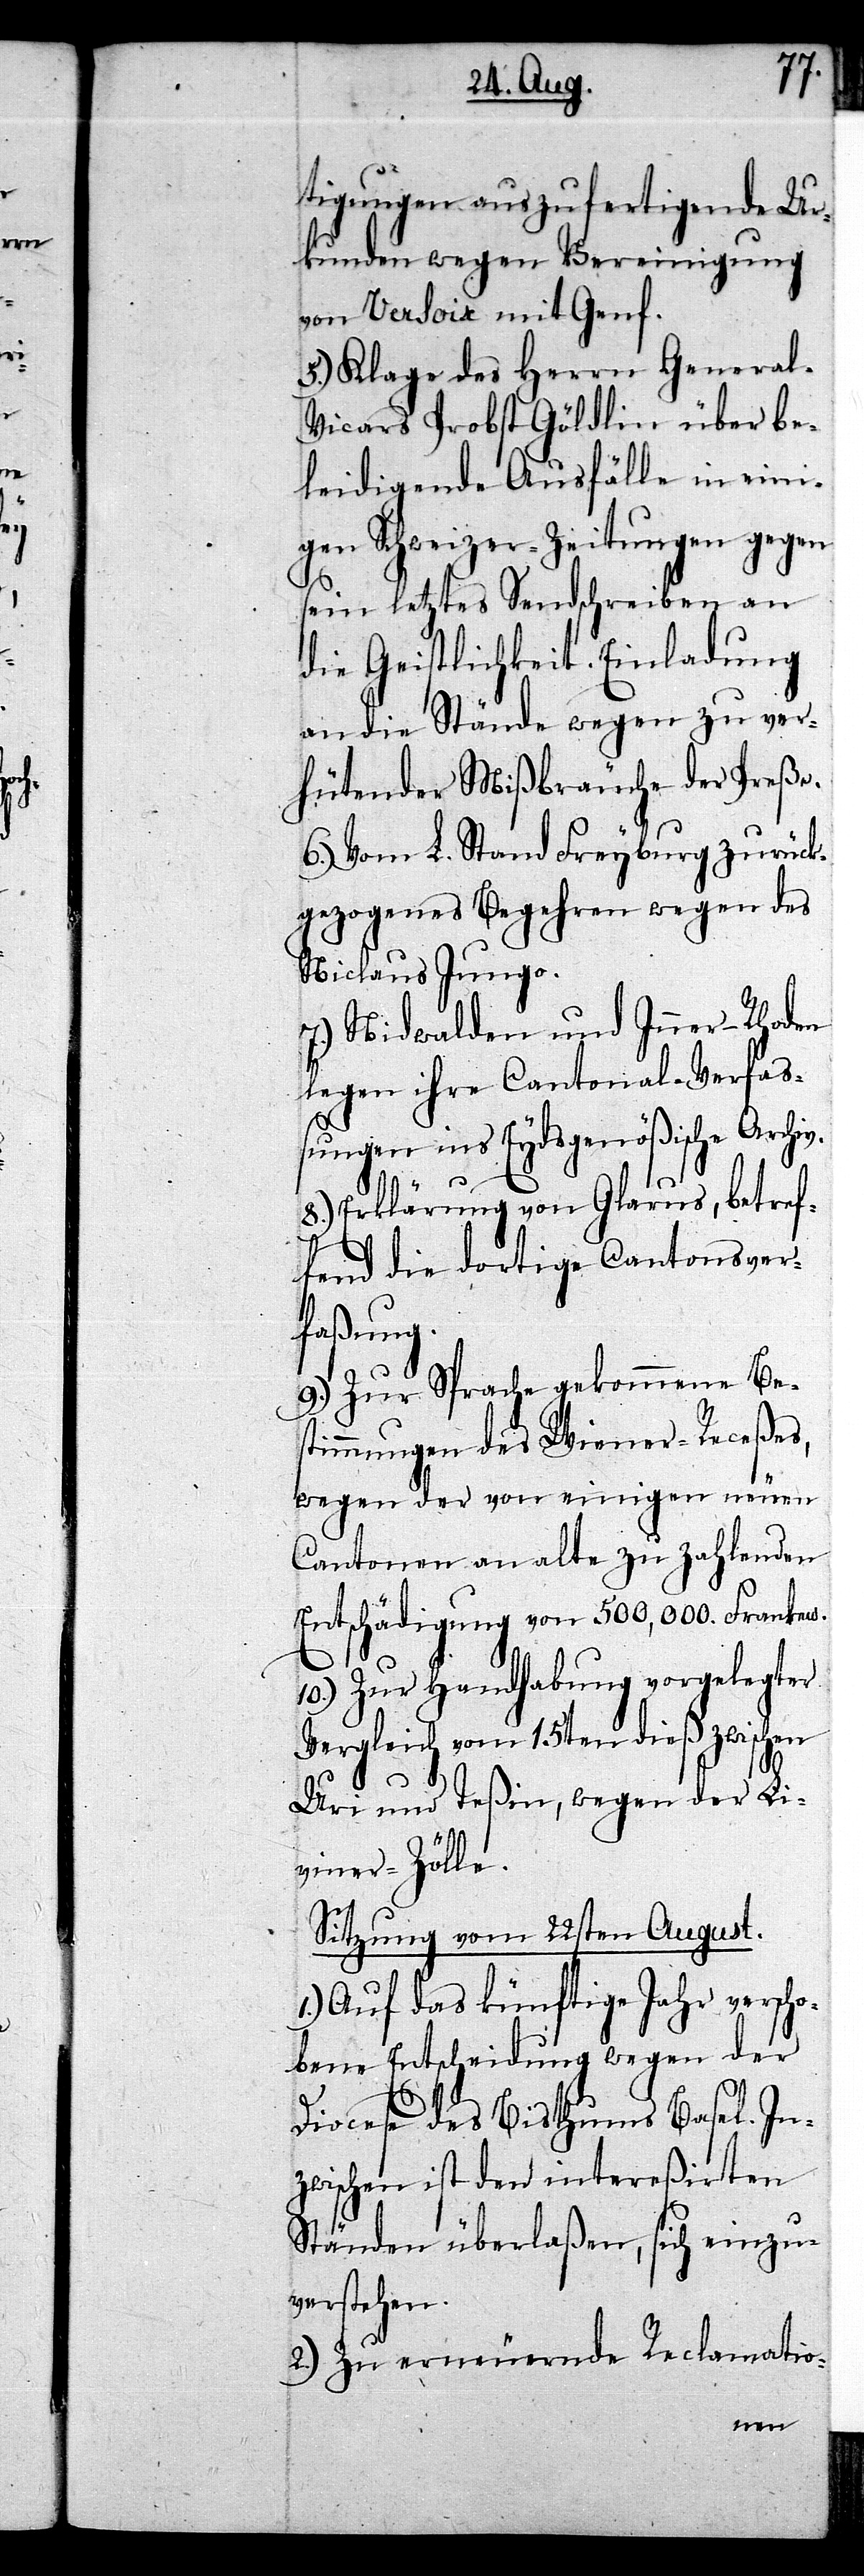
tigungen auszufertigende Ur¬
kunden wegen Vereinigung
von Versoix mit Genf.
5.) Klage des Herrn Genera¬
l-Vicars Probst Göldlin über be¬
leidigende Ausfälle in eini¬
gen Schweizer-Zeitungen gegen
sein letztes Sendschreiben an
die Geistlichkeit. Einladung
an die Stände wegen zu ver¬
hütender Mißbräuche der Preße.
6.) Vom L. Stand Freyburg zurück¬
gezogenes Begehren wegen des
Niclaus Jungo.
7.) Nidwalden und Inner-Rhoden
legen ihre Cantonal-Verfaß¬
v.
ungen ins Eydsgenößische Archi¬
8.) Erklärung von Glarus, betref¬
fend die dortige Cantonsver¬
faßung.
9.) Zur Sprache gekommene Be¬
stimmungen des Wiener-Receßes,
wegen der von einigen neuen
Cantonen an alte zu zahlenden
Entschädigung von 500,000. Franken.
10.) Zur Handhabung vorgelegter
Vergleich vom 15ten dieß zwischen
Uri und Teßin, wegen der Li¬
viner-Zölle.
Sitzung vom 22sten August.
1.) Auf das künftige Jahr verscho¬
bene Entscheidung wegen der
Diocese des Bisthums Basel. In¬
zwischen ist den intereßirten
Ständen überlaßen, sich einzu¬
verstehen.
2.) Zu erneuernde Reclamatio-